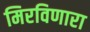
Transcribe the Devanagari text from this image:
मिरविणारा